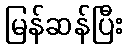
မြန်ဆန်ပြီး